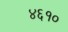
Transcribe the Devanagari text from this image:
४६१०